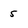
Character: 5